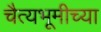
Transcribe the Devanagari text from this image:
चैत्यभूमीच्या